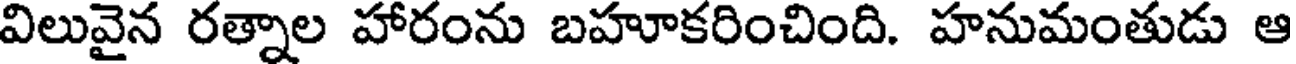
విలువైన రత్నాల హారంను బహూకరించింది. హనుమంతుడు ఆ